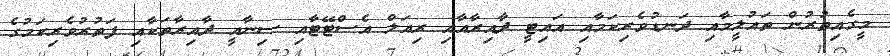
މީގެއިތުރުން ތައުލީމާއި ދަނޑުވެރިކަމާއި އައިޓީ ދާއިރާއާއި ރިއަލް އެސްޓޭޓާއި ސިނާއީ ދާއިރާތަކާއި ފަތުރުވެރިކަމުގެ